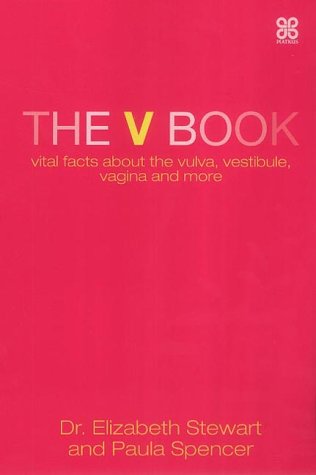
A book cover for The V Book: Vital Facts About the Vulva, Vestibule, Vagina and More; Elizabeth Stewart; Health, Fitness & Dieting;